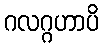
ဂလဂ္ဂဟာပိ